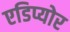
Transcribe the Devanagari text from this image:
एडिप्योर